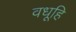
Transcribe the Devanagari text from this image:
वधूहि